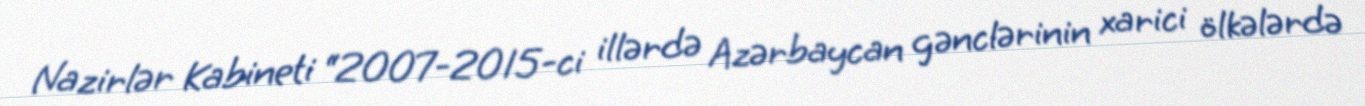
Nazirlər Kabineti “2007-2015-ci illərdə Azərbaycan gənclərinin xarici ölkələrdə